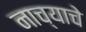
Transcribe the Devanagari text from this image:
नाच्याचे